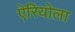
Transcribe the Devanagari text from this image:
ऐरियोला